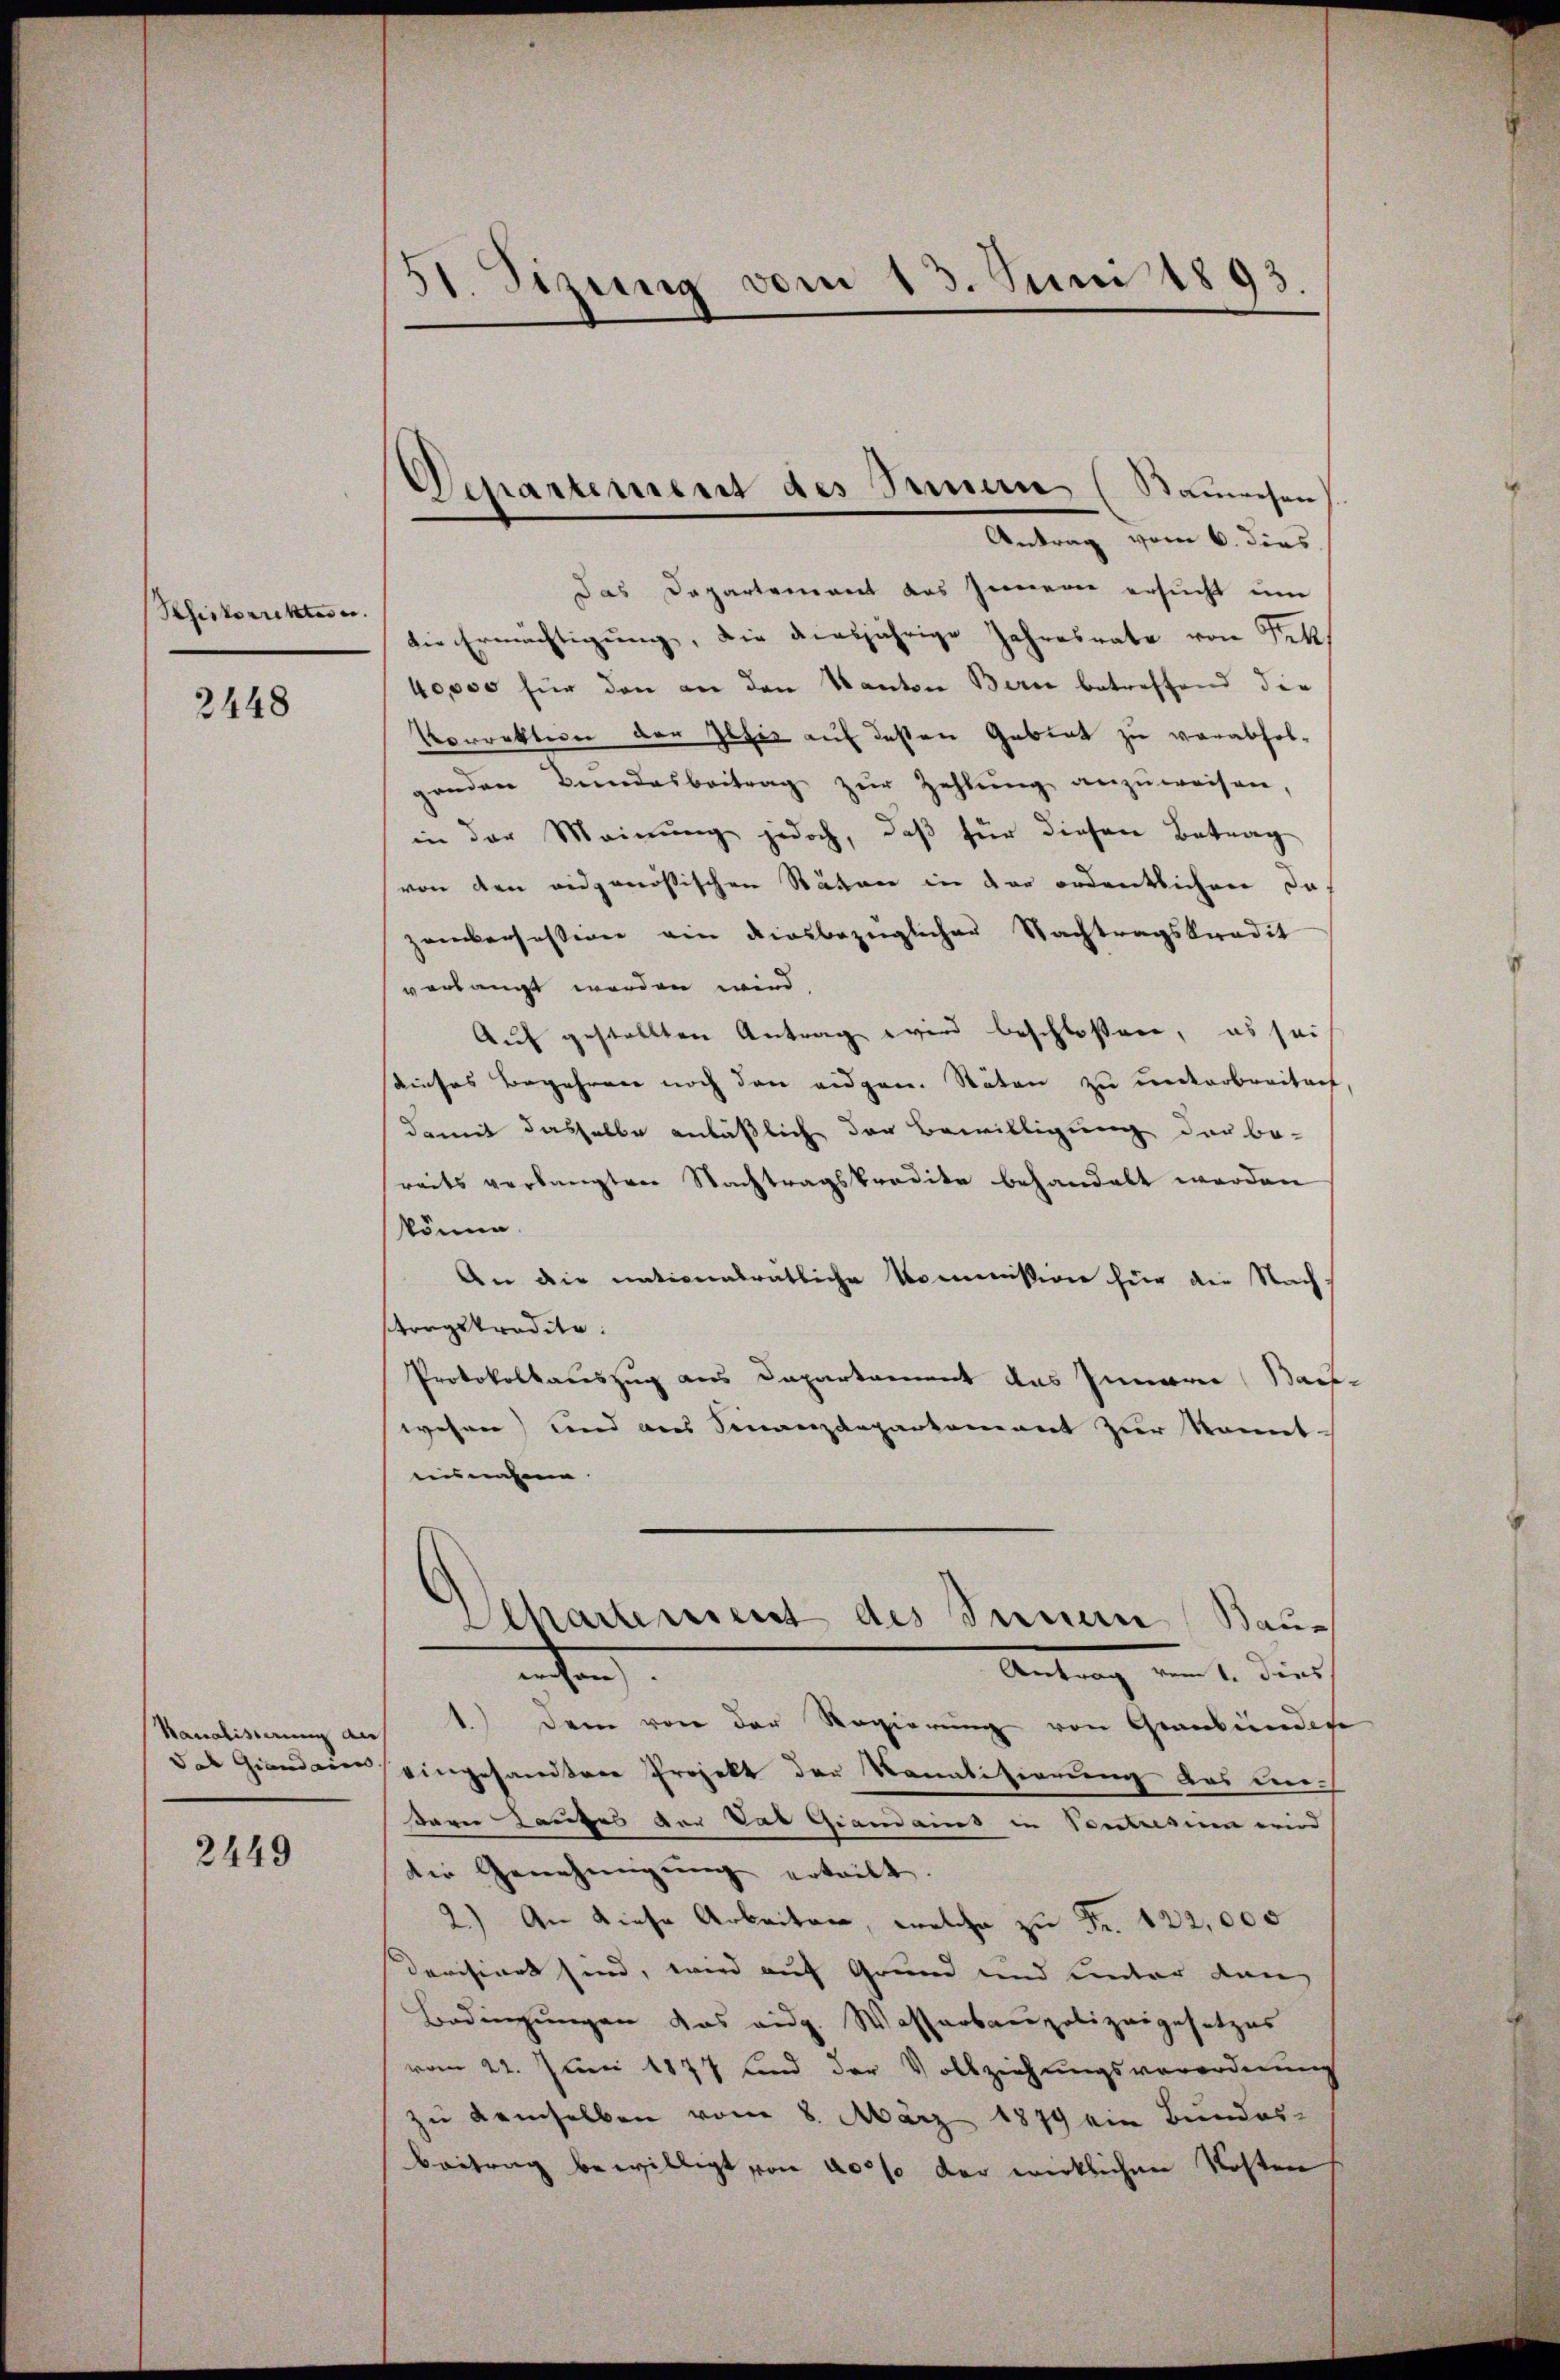
Shiskorrektes u.

2448

2449

St. Sizung vom 13. Juni 1893

Departement des Innern (Stammsen,
Antrag vom 6. dies

das Departement das Innern ersucht um
die Ermächtigung, die diesjährige Jahresrate von Sek
40,000 für den an den Kanton Berne betreffend der
Vorrektion der Gesis auf dessen Gebiet zu verabfolgenden Bŭndesbeitrag zŭr Zahlŭng anzŭweisen,
in der Meinung jedoch, daß für diesen Betrag
von den eidgenössischen Stäten in der ordentlichen Da
zemberfassigen ein diesbezüglicher Nachtragskradit
vorlangt worden wird,
Auf gestellten Antrag wird beschloßen, es sei
dieses Begehren noch den eidgen. Stäten zu unterbreitant
damit dasselbe anläßlich der Bewilligung der be-
reits verlangten Nachtragskredite behandelt werden
könne.
An die nationalrätliche Kommission für die Nach-
tragskredite.
Protokollauszug aus Departament das Innern Bach
wehren) und aus Finanzdeparkoment zur konnt-
einnahme
Scharterient des Innern Bau¬
Antrag vom 1. dies
eichen
Kanalisierung auf 1.) Dem von der Regierung von Graubündere
das Gianderen eingesandtere Projekt der Kanalisierung des undern Haufes der Vat Grandaus in Vortresum wird
die Genehmigŭng erteilt.
2.) An diese Arbeiten, welche zu Fr. 122,000
derisiert sind, wird auf Grund und unter dan
Bedingungen das eidg. Wasserbaupolizeigesetzes
vom 22. Juni 1877 sind der Vollziehungsverordnung
zu demselben vom 8. März 1879 ein Bundes-
Beitrag bewilligt von 40% der wirklichen Kosten